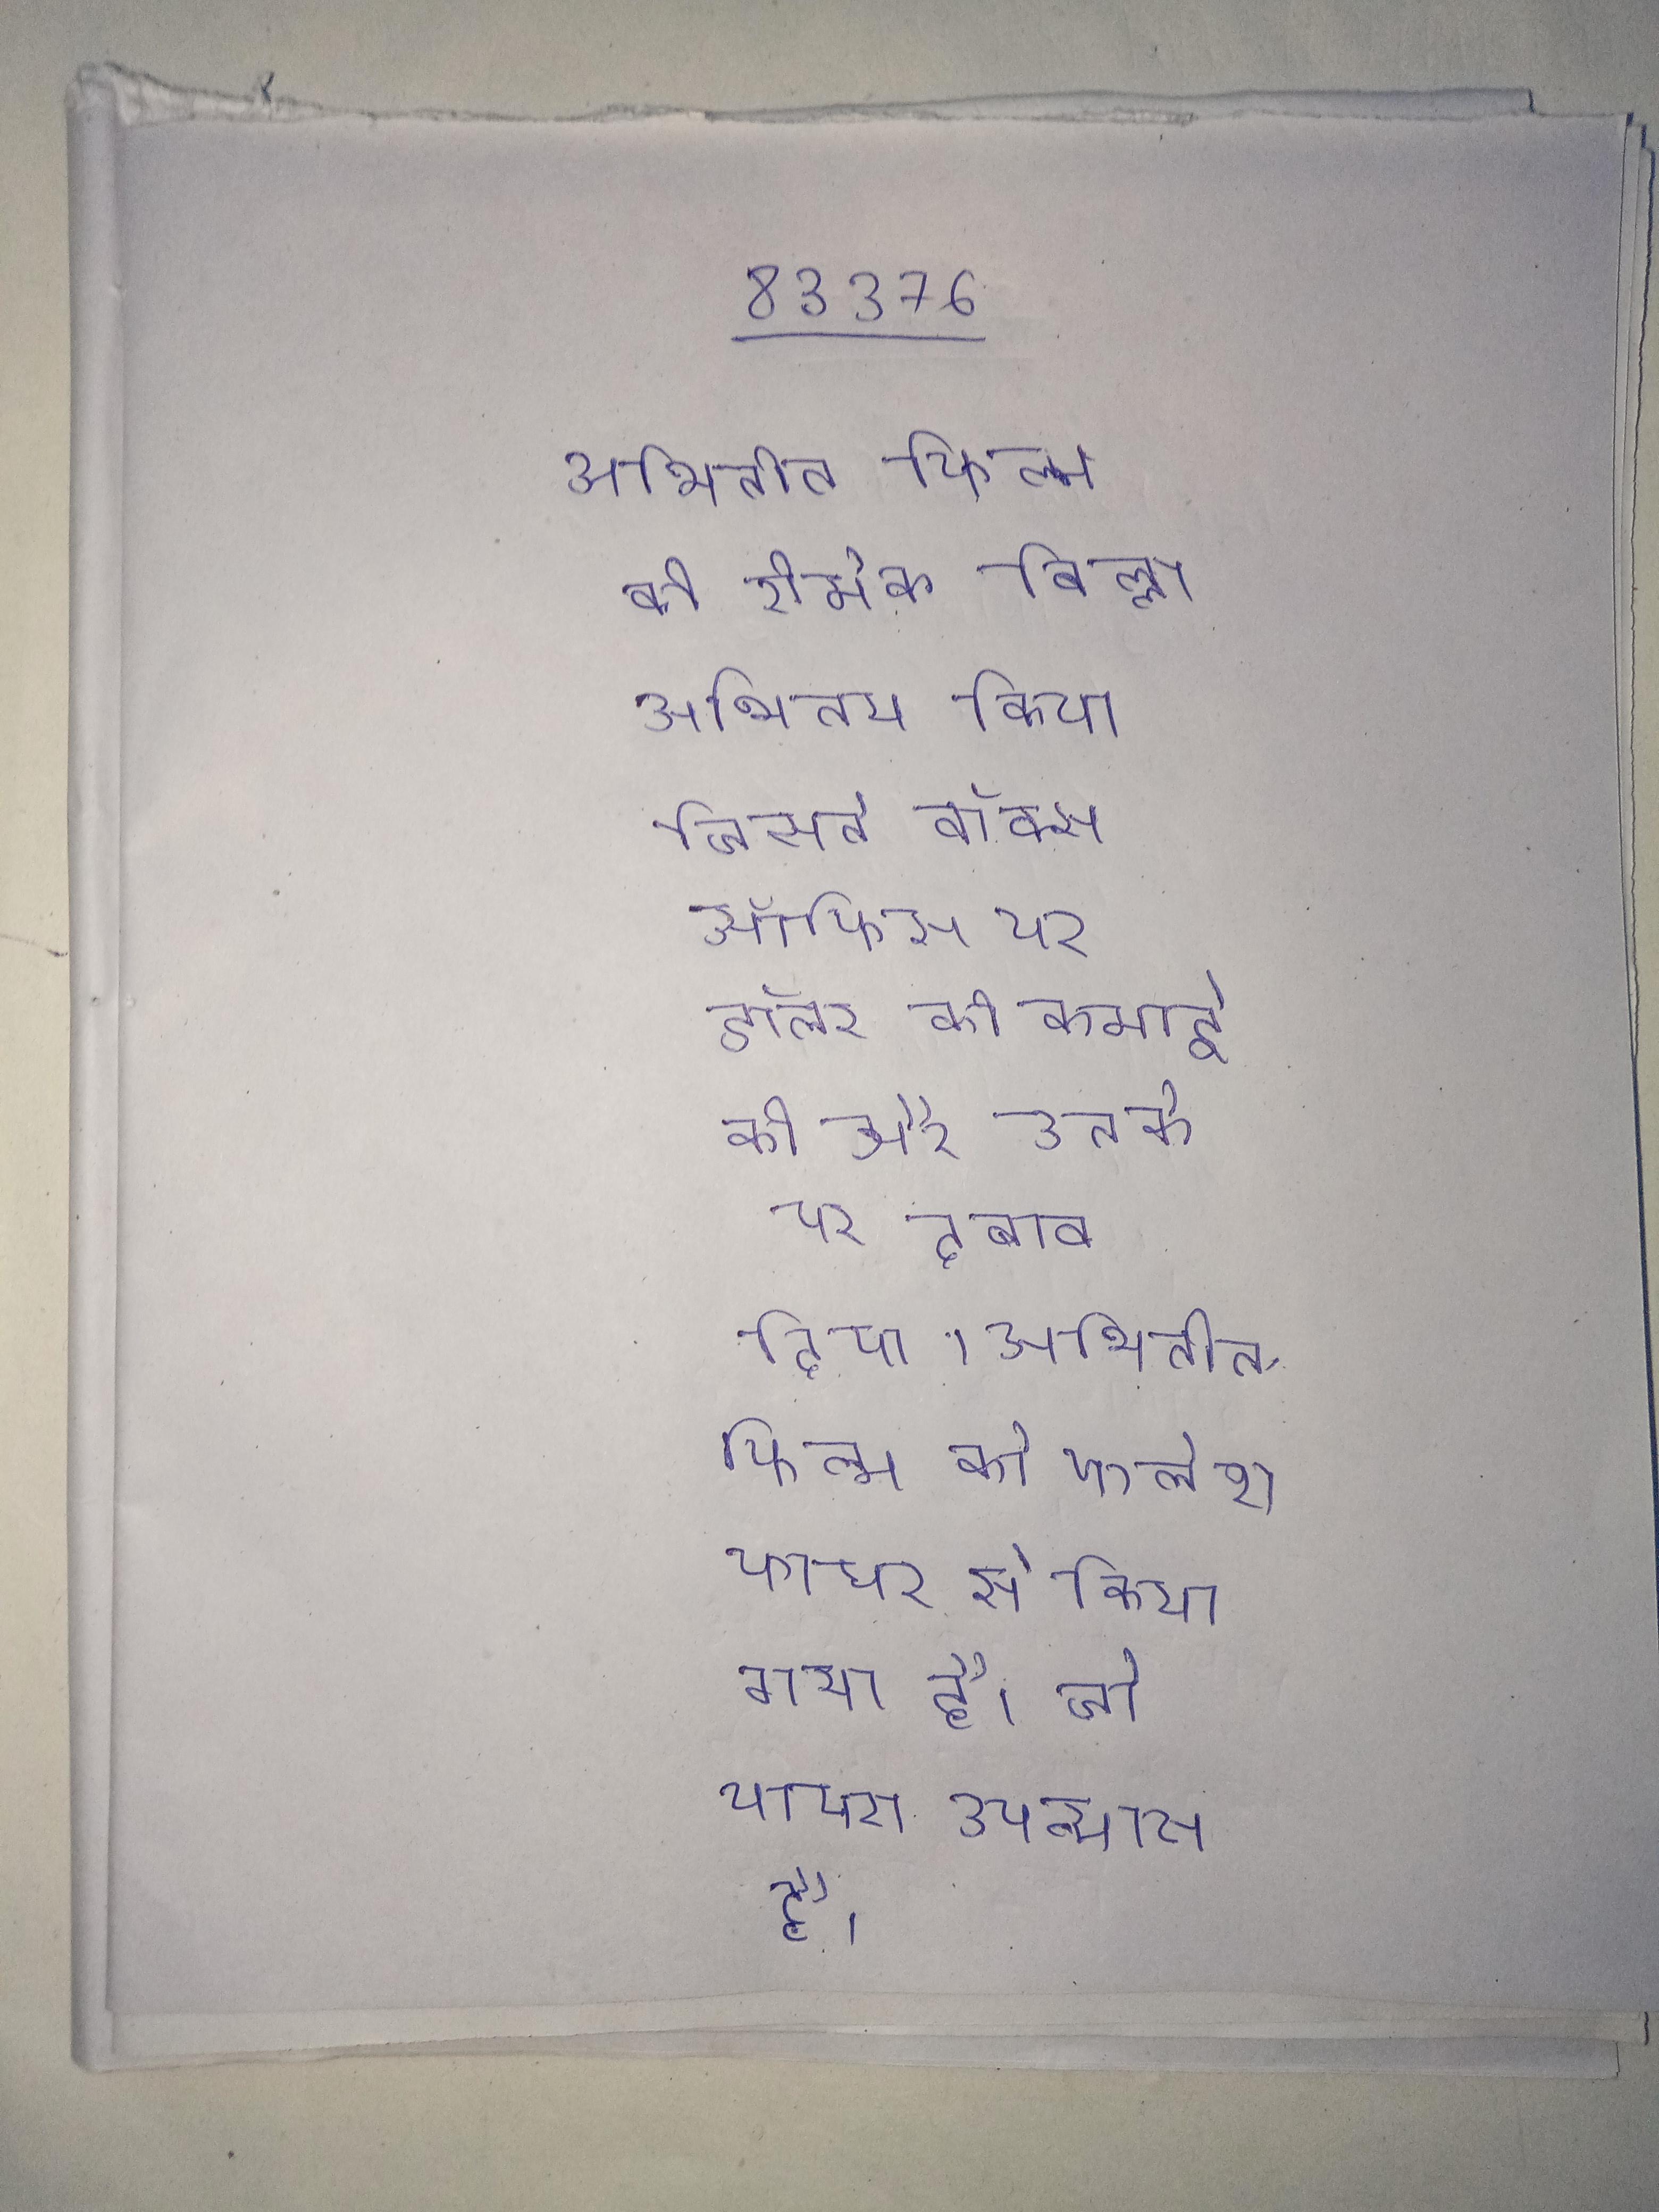
अभिनीत फिल्म की रीमेक, बिल्ला अभिनय किया जिसने बॉक्स ऑफिस पर डॉलर की कमाई की और उनके पर दबाव दिया । अभिनीत, फिल्म को फ्लैशफायर से किया गया है, जो पार्कर उपन्यास है, जिसे पेन स्टैण्ड नाम के तहत डोनाल्ड वेस्टलेक ने लिखा है ।